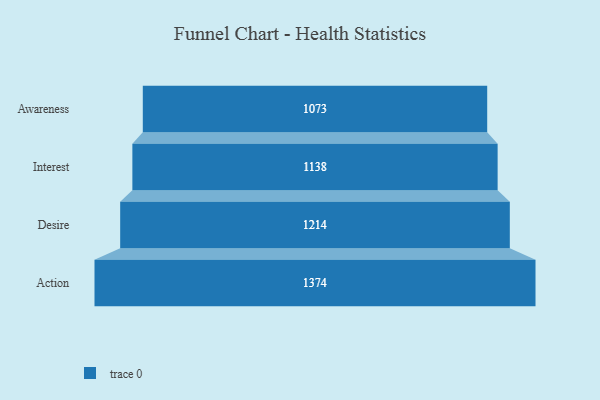
{"axis": {"x": "Stage", "y": "Value"}, "legend": [""], "data": [{"x": "Awareness", "y": 1073.0, "type": ""}, {"x": "Interest", "y": 1138.0, "type": ""}, {"x": "Desire", "y": 1214.0, "type": ""}, {"x": "Action", "y": 1374.0, "type": ""}]}